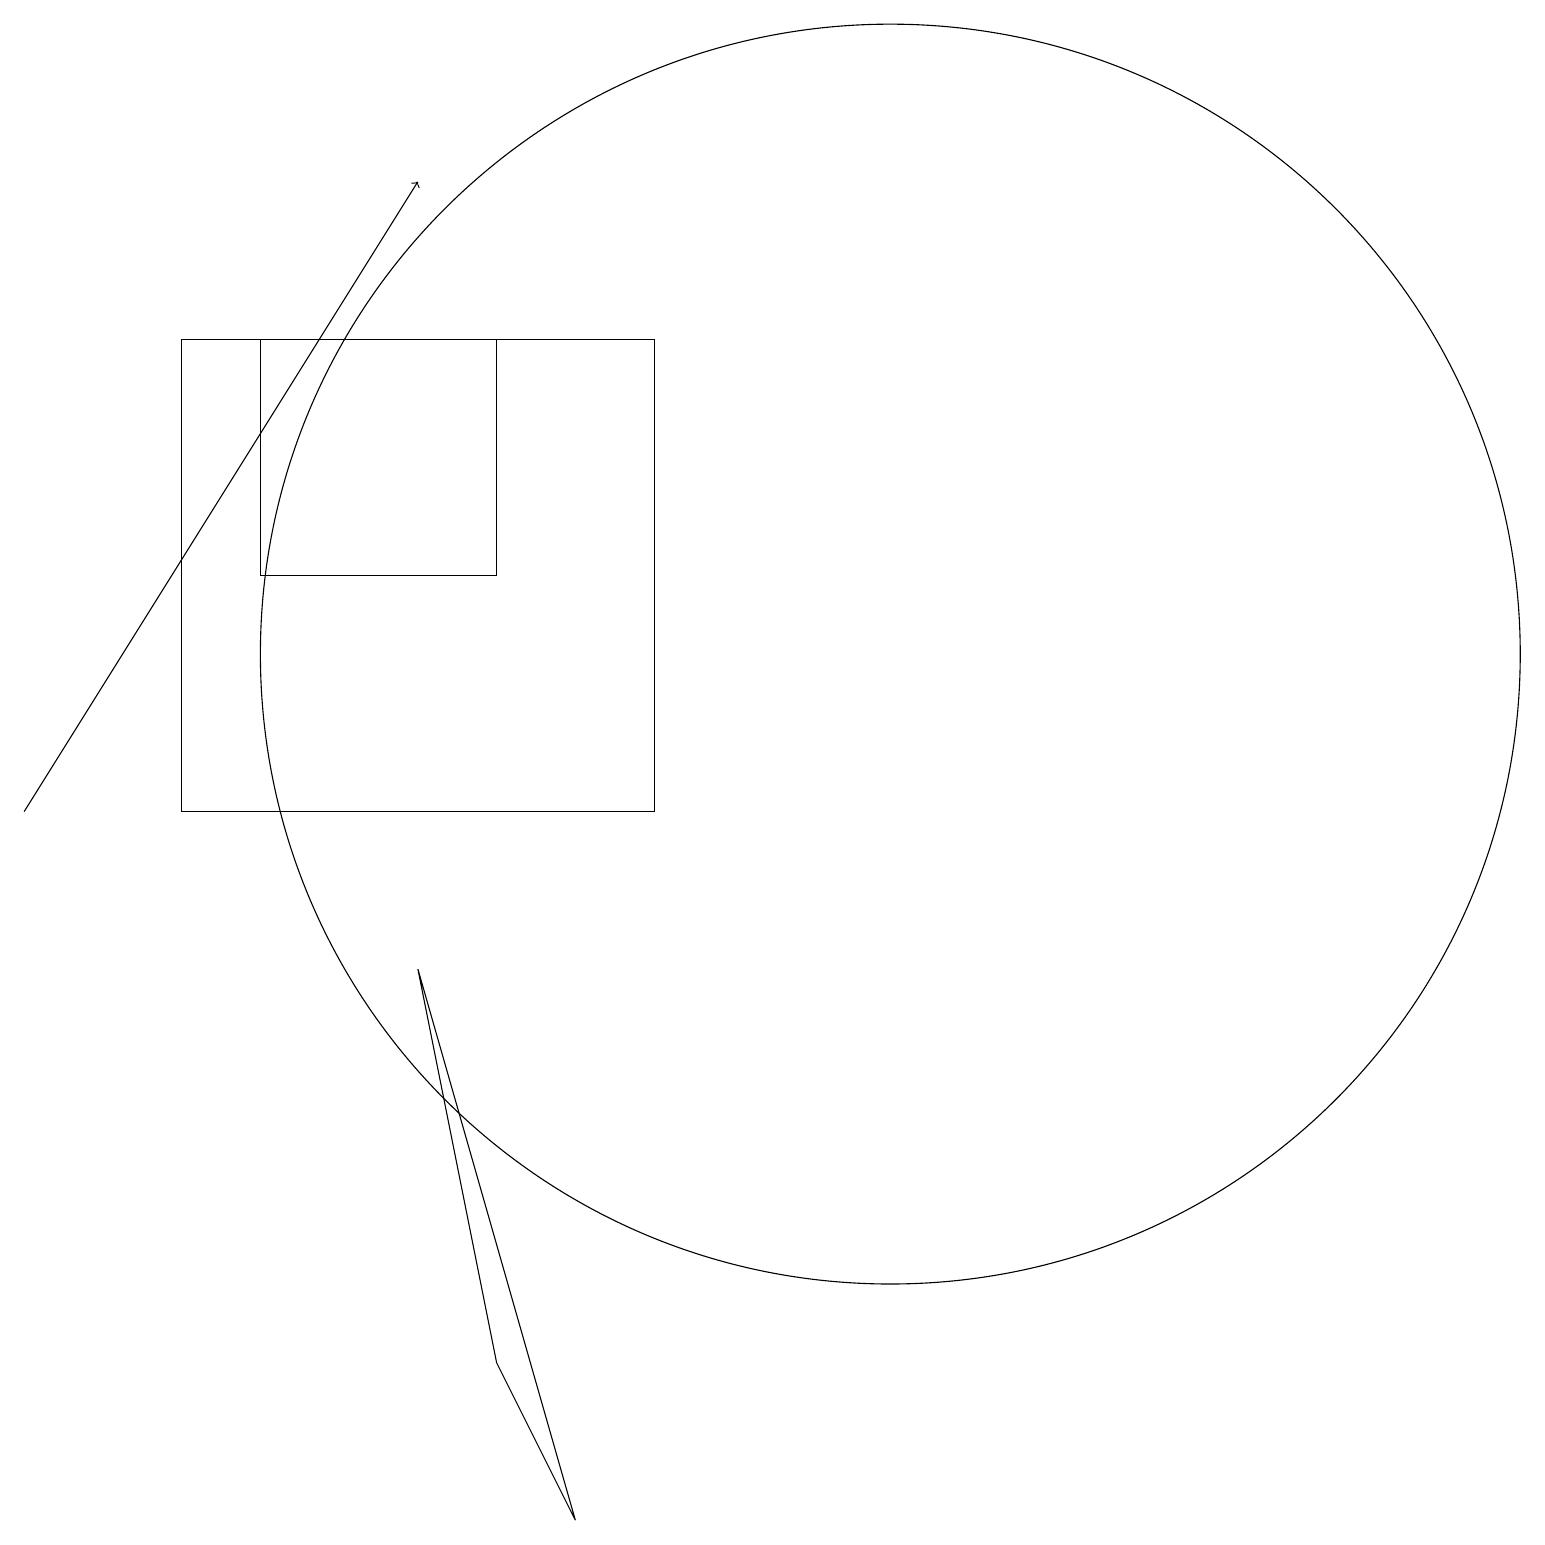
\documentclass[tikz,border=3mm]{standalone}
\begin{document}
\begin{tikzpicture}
\draw (2,16) rectangle (8,10);
\draw[->] (0,10) -- (5,18);
\draw (5,8) -- (7,1) -- (6,3) -- cycle;
\draw (11,12) circle (8);
\draw (6,13) rectangle (3,16);
\draw (10,11) circle (0);
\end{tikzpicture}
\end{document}